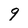
Character: 9